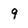
Character: 9